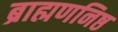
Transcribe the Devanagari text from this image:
ब्राह्मणनिष्ठ